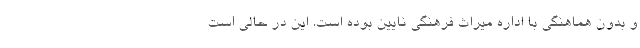
و بدون هماهنگی با اداره میراث فرهنگی نایین بوده است. این در حالی است